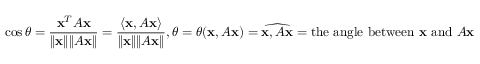
\cos \theta = { \frac { \mathbf { x } ^ { T } A \mathbf { x } } { \lVert \mathbf { x } \rVert \lVert A \mathbf { x } \rVert } } = { \frac { \langle \mathbf { x } , A \mathbf { x } \rangle } { \lVert \mathbf { x } \rVert \lVert A \mathbf { x } \rVert } } , \theta = \theta ( \mathbf { x } , A \mathbf { x } ) = { \widehat { \mathbf { x } , A \mathbf { x } } } = { \mathrm { t h e ~ a n g l e ~ b e t w e e n ~ } } \mathbf { x } { \mathrm { ~ a n d ~ } } A \mathbf { x }